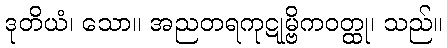
ဒုတိယံ၊ သော။ အညတရကုဋုမ္ဗိကဝတ္ထု၊ သည်။